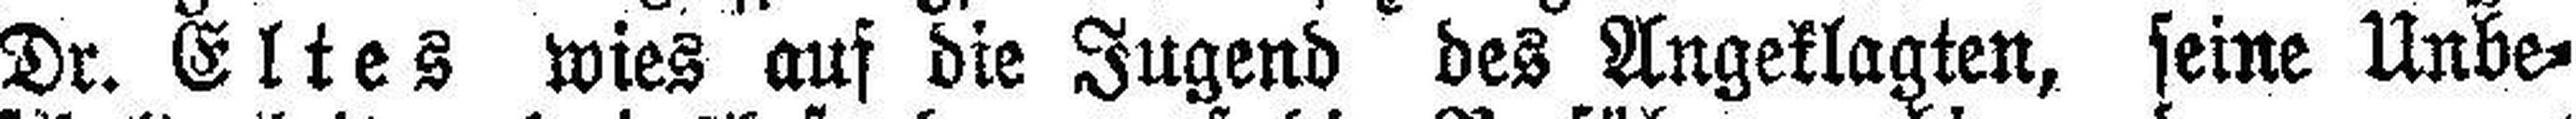
Dr. Eltes wies auf die Jugend des Angeklagten, seine Unbe¬